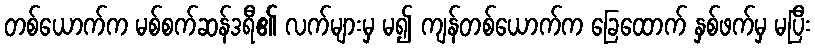
တစ်ယောက်က မစ်စက်ဆန်ဒရီ၏ လက်များမှ မ၍ ကျန်တစ်ယောက်က ခြေထောက် နှစ်ဖက်မှ မပြီး